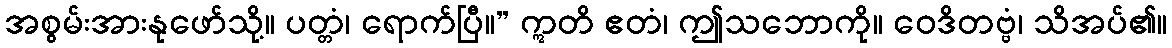
အစွမ်းအားနုဖော်သို့။ ပတ္တံ၊ ရောက်ပြီ။” ဣတိ ဧတံ၊ ဤသဘောကို။ ဝေဒိတဗ္ဗံ၊ သိအပ်၏။